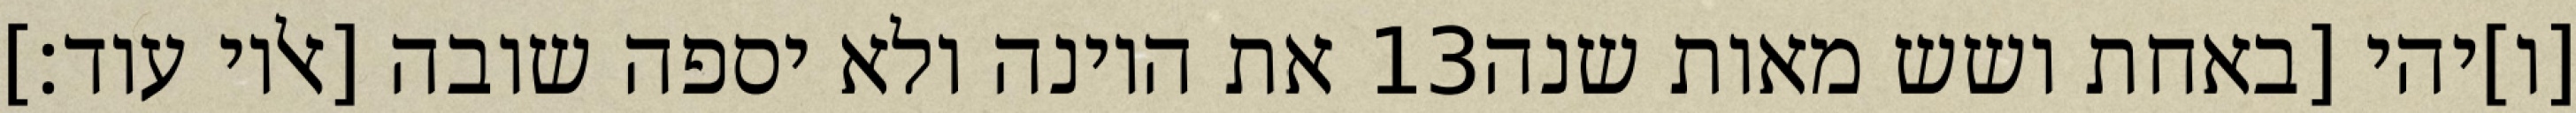
את היונה ולא יספה שובה [אליו עוד׃] ‎13‏ [ו]יהי [באחת ושש מאות שנה